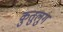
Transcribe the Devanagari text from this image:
कुतुलुग